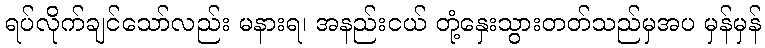
ရပ်လိုက်ချင်သော်လည်း မနားရ၊ အနည်းငယ် တုံ့နှေးသွားတတ်သည်မှအပ မှန်မှန်